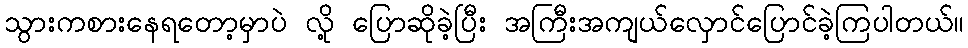
သွားကစားနေရတော့မှာပဲ လို့ ပြောဆိုခဲ့ပြီး အကြီးအကျယ်လှောင်ပြောင်ခဲ့ကြပါတယ်။